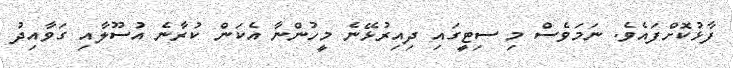
ފާޅުކޮށްފައެވެ. ނަމަވެސް މި ސިޓީގައި ދިއިރުޅޭނެ މީހުންނާ އެކަން ކުރާނެ އުސޫލާއި ގަވާއިދު